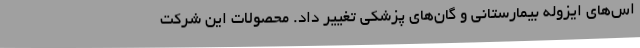
اس‌های ایزوله بیمارستانی و گان‌های پزشکی تغییر داد. محصولات این شرکت